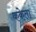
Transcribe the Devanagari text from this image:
ककेता